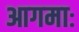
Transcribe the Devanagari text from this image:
आगमाः